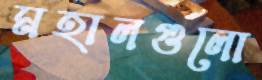
মহালগুলো